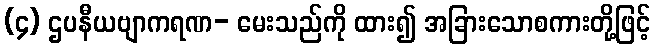
(၄) ဌပနီယဗျာကရဏ- မေးသည်ကို ထား၍ အခြားသောစကားတို့ဖြင့်